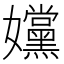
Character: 𡤭